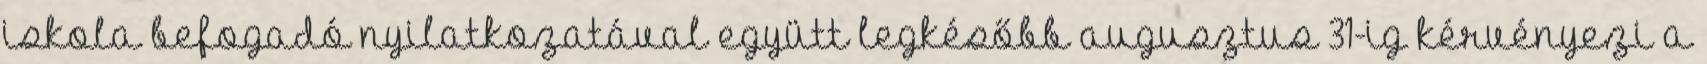
iskola befogadó nyilatkozatával együtt legkésőbb augusztus 31-ig kérvényezi a